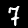
Digit: 7